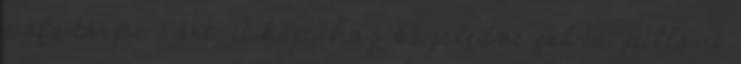
pofa törpe sört. A kapuhoz közeledve fel is pillant